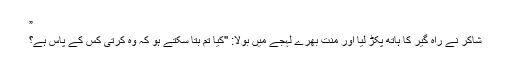
”
شاکر نے راہ گیر کا ہاتھ پکڑ لیا اور منت بھرے لہجے میں بولا: "کیا تم بتا سکتے ہو کہ وہ کرتی کس کے پاس ہے؟